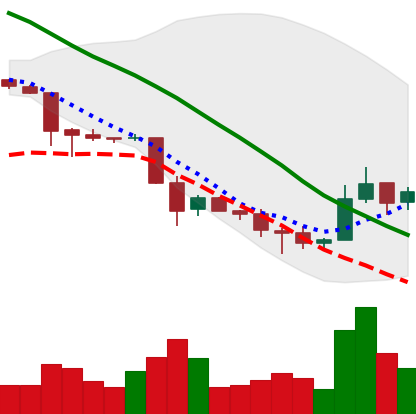
Ticker: TRX-USD
Chart end date: 2018-12-01
Forward return: -15.589%
Label: down_7plus